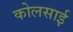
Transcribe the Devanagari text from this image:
कोलसाई